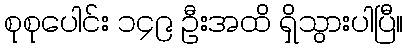
စုစုပေါင်း ၁၄၉ ဦးအထိ ရှိသွားပါပြီ။